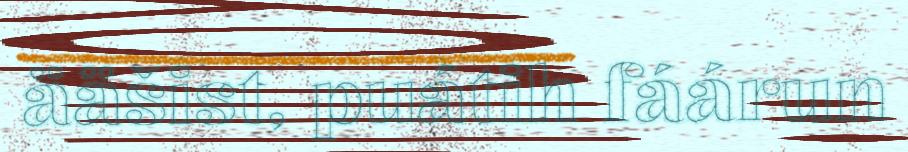
ääšist, puátih fáárun